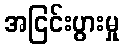
အငြင်းပွားမှု